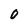
Character: 0